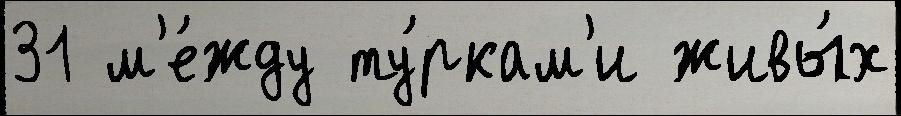
31 м'е́жду ту́ркам'и живы́х